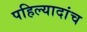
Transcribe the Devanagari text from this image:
पहिल्यादांच